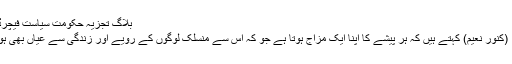
بلاگ تجزیہ حکومت سیاست فيچرڈ قومی
تحریر: (کنور نعیم) کہتے ہیں کہ ہر پیشے کا اپنا ایک مزاج ہوتا ہے جو کہ اس سے منسلک لوگوں کے رویے اور زندگی سے عیاں بھی ہوتا ہے۔